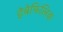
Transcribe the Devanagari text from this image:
हेबेफिलिक